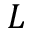
L